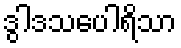
ဒွါဒသပေါရိသာ